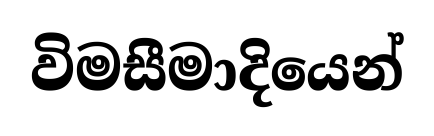
විමසීමාදියෙන්